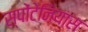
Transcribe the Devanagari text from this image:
स्पोंटेनियास